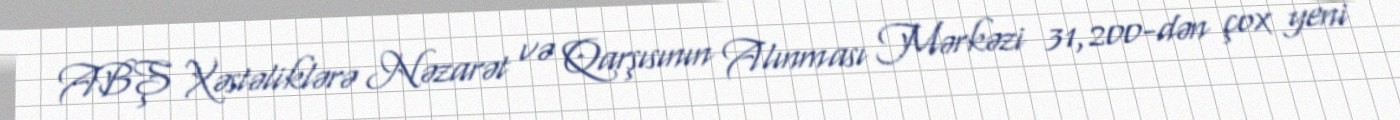
ABŞ Xəstəliklərə Nəzarət və Qarşısının Alınması Mərkəzi 31,200-dən çox yeni